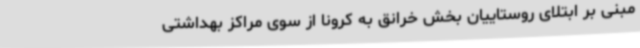
مبنی بر ابتلای روستاییان بخش خرانق به کرونا از سوی مراکز بهداشتی